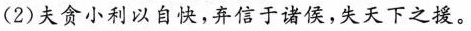
(2) 夫贪小利以自快，弃信于诸侯，失天下之援。